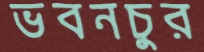
ভবনচুর